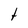
Character: t